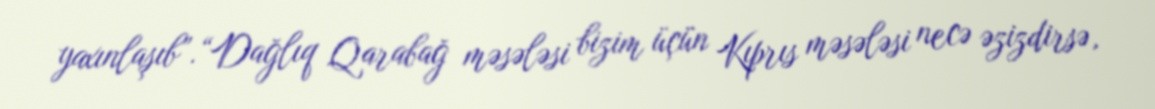
yaxınlaşıb”.“Dağlıq Qarabağ məsələsi bizim üçün Kıprıs məsələsi necə əzizdirsə,